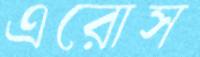
এরোস